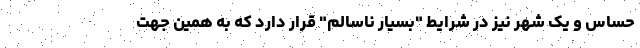
حساس و یک شهر نیز در شرایط "بسیار ناسالم" قرار دارد که به همین جهت